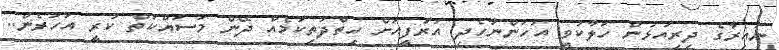
ނައިރާގެ ދިރިއުޅުން ހަލާކުވީ އަހަންނާހެދި އަރުފީއަށް ހިތްދަތިކަމެއް ދޭން މަސައްކަތް ކުރީ އަހަރެން..